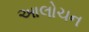
આલોચન